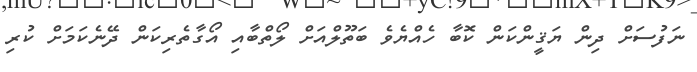
ނަފުސަށް ދިން ޔަޤީންކަން ކޮބާ ހެއްޔެވެ ބަތޫލްއަށް ލޯތްބާއި އޯގާތެރިކަން ދޭނެކަމަށް ކުރި